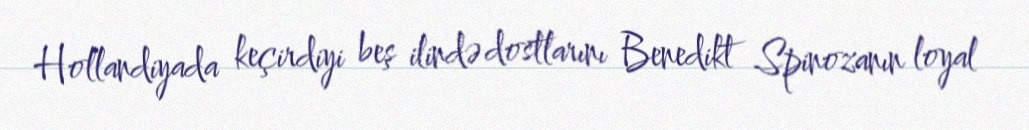
Hollandiyada keçirdiyi beş ilində dostlarını Benedikt Spinozanın loyal